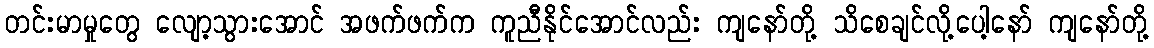
တင်းမာမှုတွေ လျော့သွားအောင် အဖက်ဖက်က ကူညီနိုင်အောင်လည်း ကျနော်တို့ သိစေချင်လို့ပေါ့နော် ကျနော်တို့